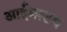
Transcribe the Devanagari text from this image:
आईमाउथ